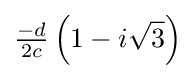
{\tfrac {-d}{2c}}\left(1-i{\sqrt {3}}\right)